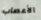
الأعصاب